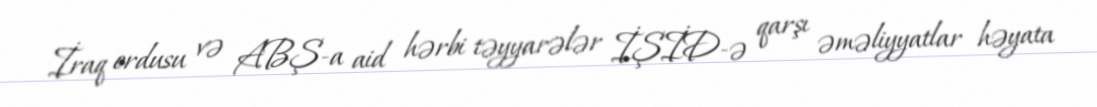
İraq ordusu və ABŞ-a aid hərbi təyyarələr İŞİD-ə qarşı əməliyyatlar həyata